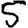
Digit: 5